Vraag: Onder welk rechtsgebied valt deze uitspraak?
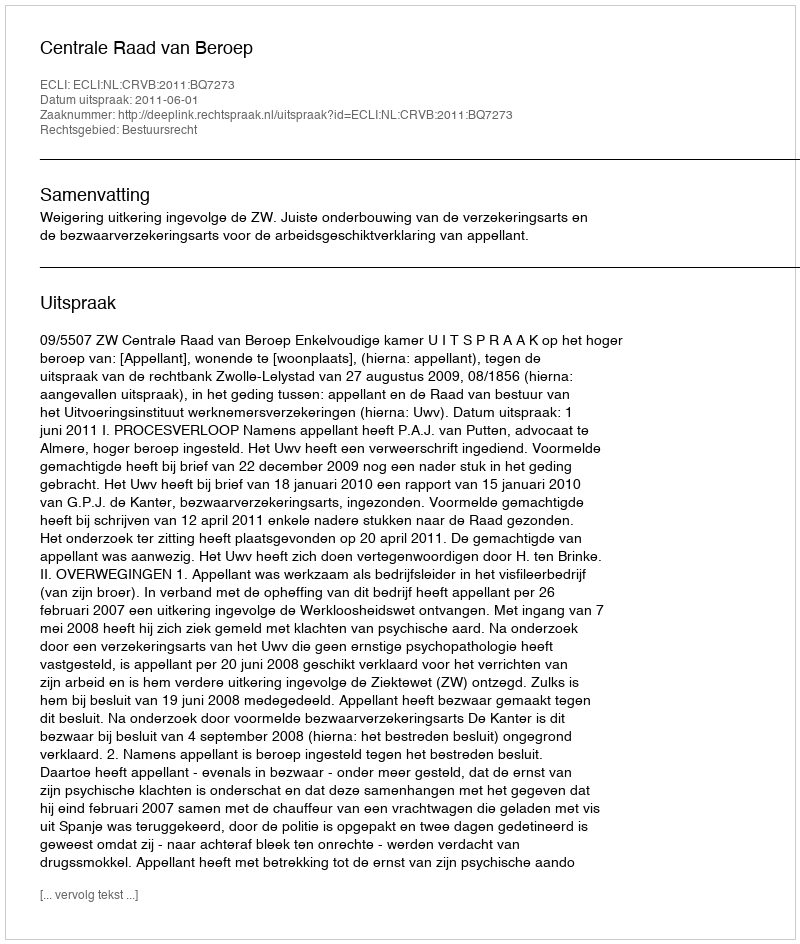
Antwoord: Bestuursrecht